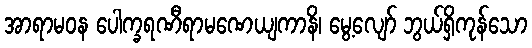
အာရာမဝန ပေါက္ခရဏီရာမဏေယျကာနိ၊ မွေ့လျော် ဘွယ်ရှိကုန်သော